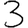
Digit: 3